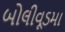
બોલીવૂડમા